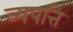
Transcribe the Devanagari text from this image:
व्यपत्ति